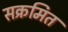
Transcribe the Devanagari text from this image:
सक्रमित